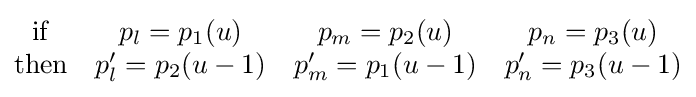
{\begin{matrix}\mathrm {if} &p_{l}=p_{1}(u)&p_{m}=p_{2}(u)&p_{n}=p_{3}(u)\\\mathrm {then} &p'_{l}=p_{2}(u-1)&p'_{m}=p_{1}(u-1)&p'_{n}=p_{3}(u-1)\end{matrix}}